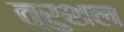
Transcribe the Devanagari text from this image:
त्रुशल